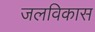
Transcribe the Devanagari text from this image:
जलविकास